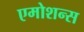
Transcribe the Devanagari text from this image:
एमोशन्स